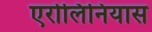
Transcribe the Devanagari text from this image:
एरोलिनियास